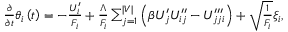
\begin{array} { r } { \frac { \partial } { \partial t } \theta _ { i } \left( t \right) = - \frac { U _ { i } ^ { \prime } } { F _ { i } } + \frac { \Lambda } { F _ { i } } \sum _ { j = 1 } ^ { \vert V \vert } \left( \beta U _ { j } ^ { \prime } U _ { i j } ^ { \prime \prime } - U _ { j j i } ^ { \prime \prime \prime } \right) + \sqrt { \frac { 1 } { F _ { i } } } \xi _ { i } , } \end{array}